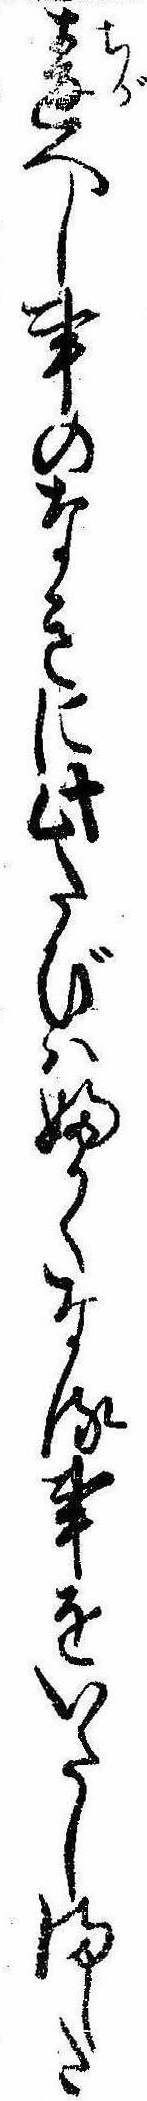
違へし事のなきに此たびはふかくなる事をいたしました